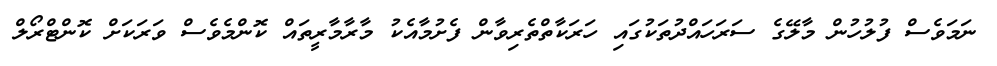
ނަމަވެސް ފުލުހުން މާލޭގެ ސަރަހައްދުތަކުގައި ހަރަކާތްތެރިވާން ފެށުމާއެކު މާރާމާރީތައް ކޮންމެވެސް ވަރަކަށް ކޮންޓްރޯލް